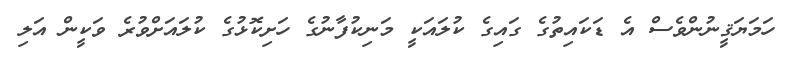
ހަމަޔަޤީނުންވެސް އެ ޑަކައިތުގެ ގައިގެ ކުލައަކީ މަނިކުފާނުގެ ހަށިކޮޅުގެ ކުލައަށްވުރެ ވަކީން އަލި